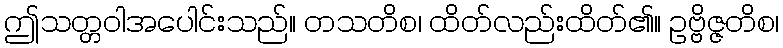
ဤသတ္တဝါအပေါင်းသည်။ တသတိစ၊ ထိတ်လည်းထိတ်၏။ ဥဗ္ဗိဇ္ဇတိစ၊